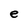
Character: e